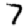
Digit: 7